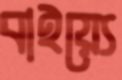
বাইয়্যে